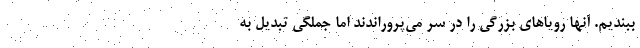
ببندیم. آنها رویاهای بزرگی را در سر می‌پروراندند اما جملگی تبدیل به